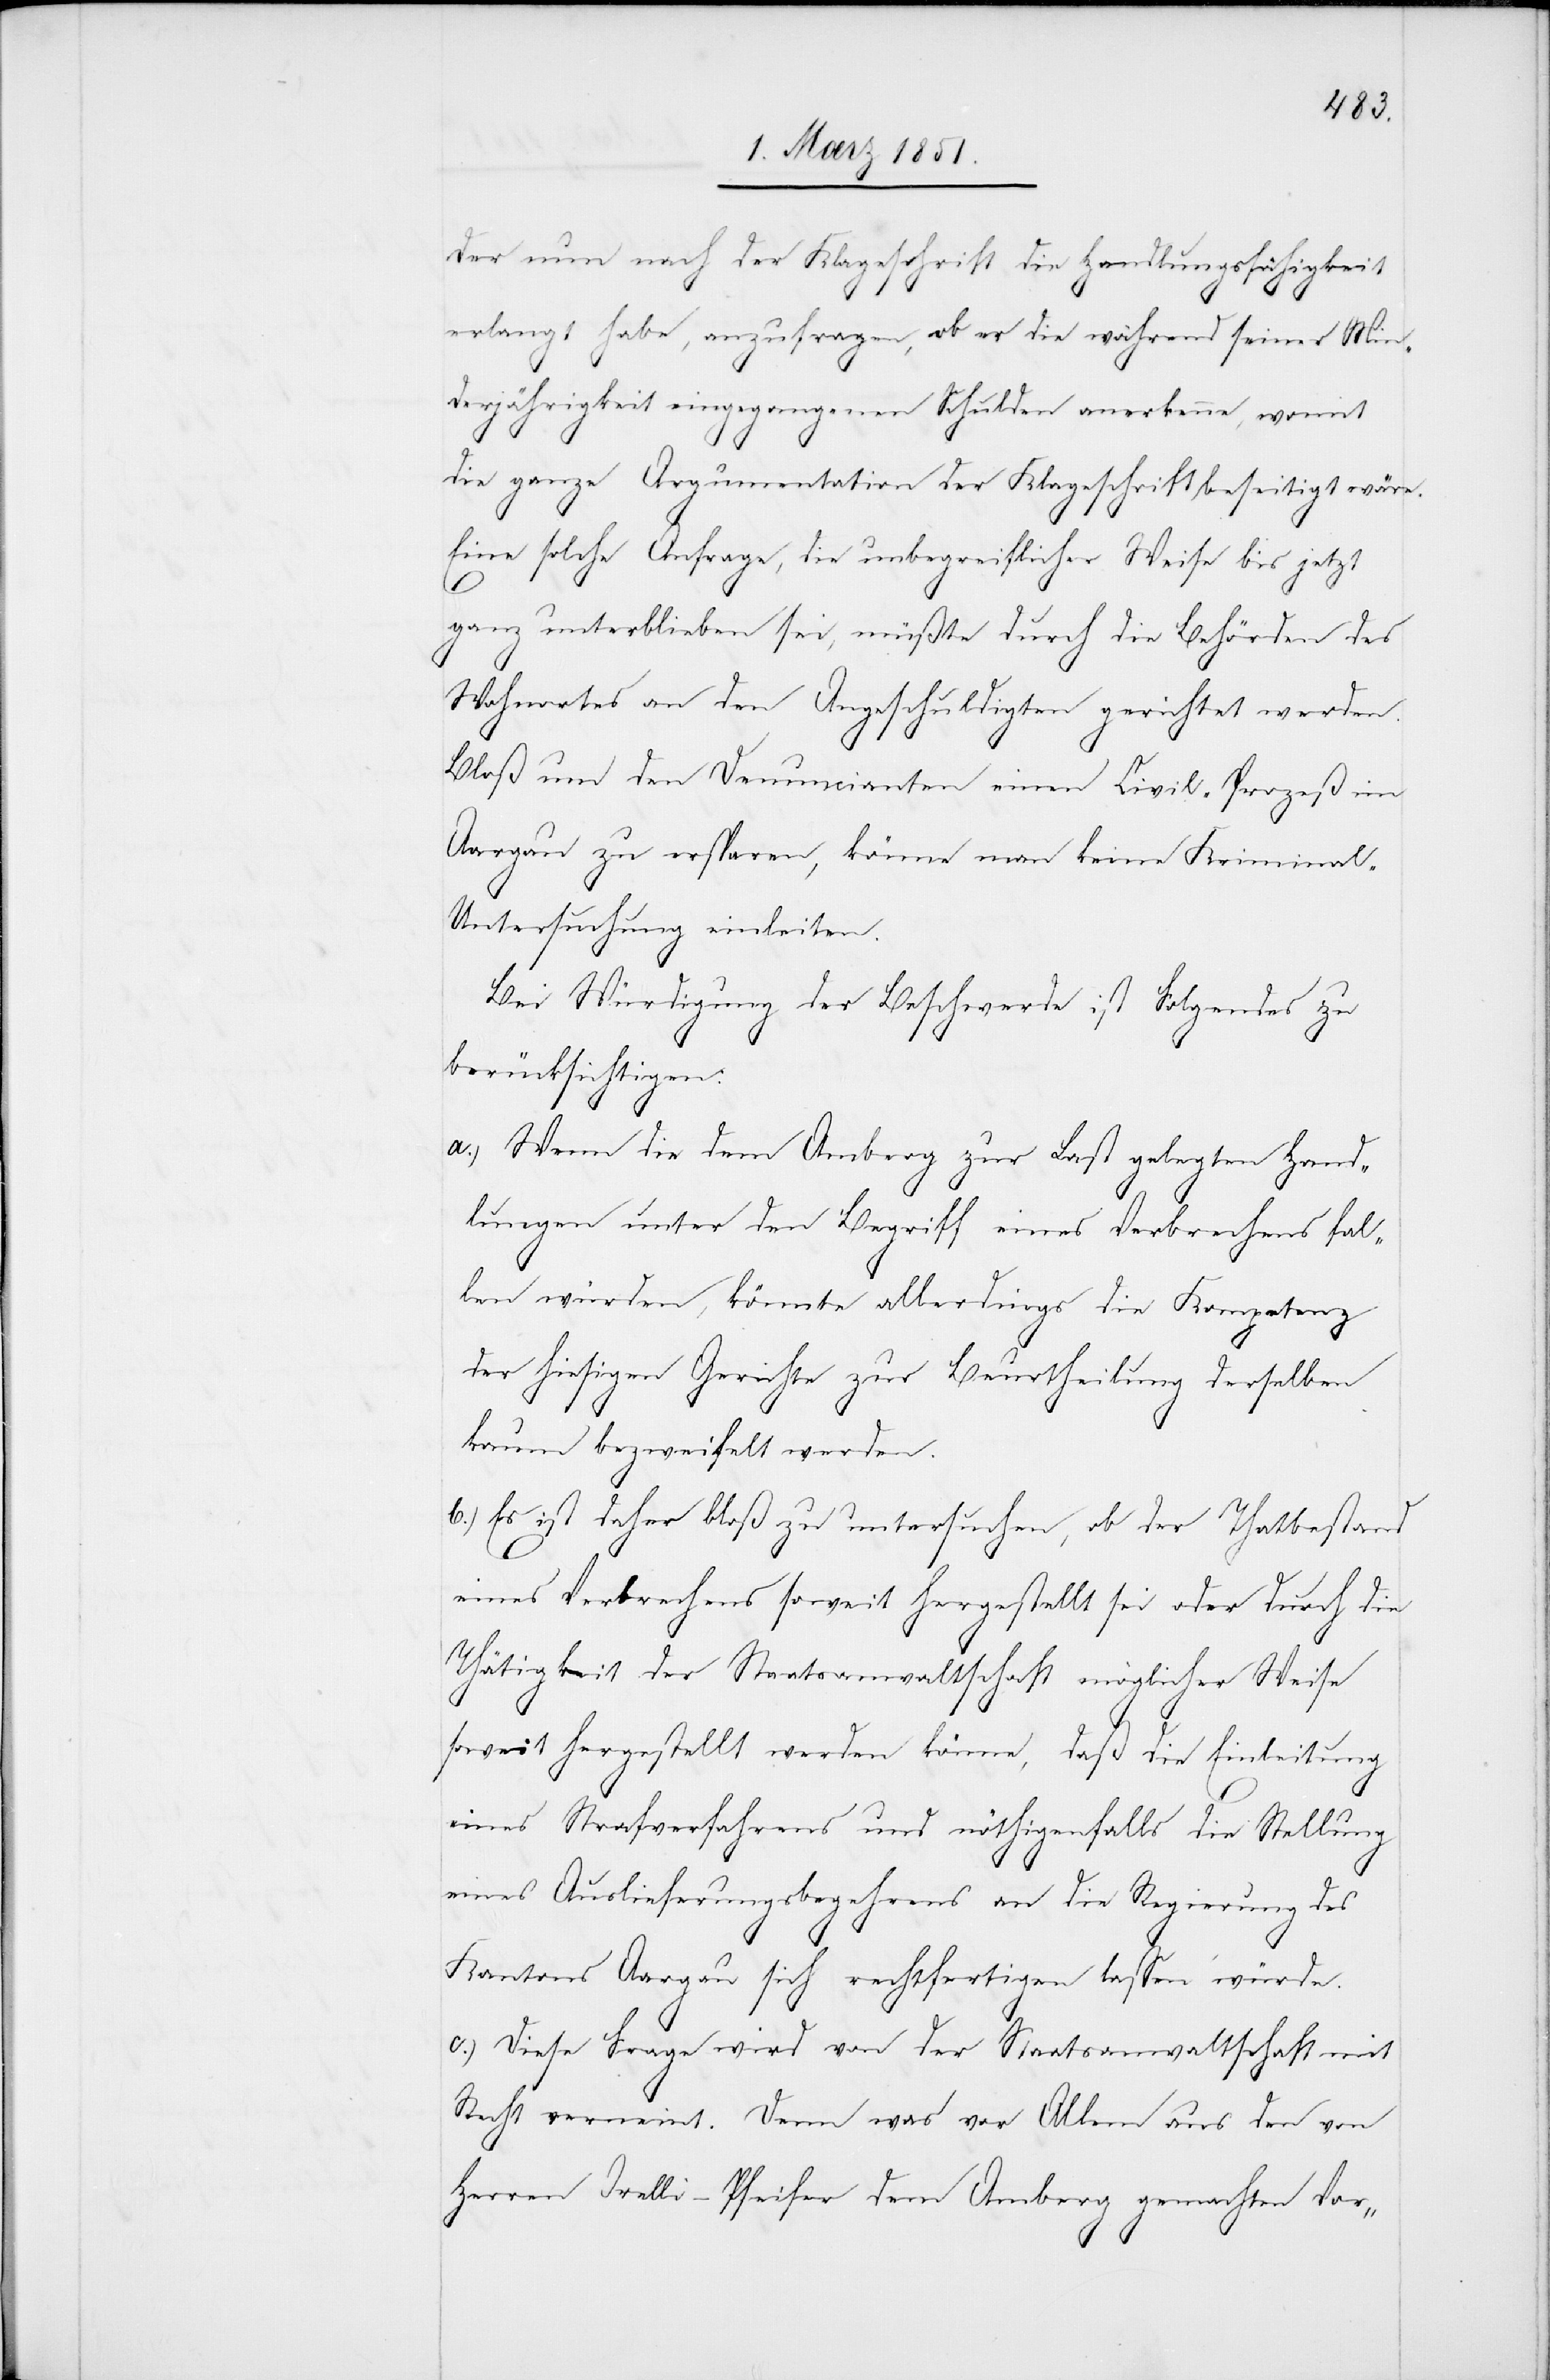
der nun nach der Klageschrift die Handlungsfähigkeit
erlangt habe, anzufragen, ob er die während seiner Min¬
derjährigkeit eingegangenen Schulden anerkenne, womit
die ganze Argumentation der Klageschrift beseitigt wäre.
Eine solche Anfrage, die unbegreiflicher Weise bis jetzt
ganz unterblieben sei, müßte durch die Behörden des
Wohnortes an den Angeschuldigten gerichtet werden.
Bloß um den Denuncianten einen Civil-Prozeß im
Aargau zu ersparen, könne man keine Kriminal-U¬
ntersuchung einleiten.
Bei Würdigung der Beschwerde ist Folgendes zu
berücksichtigen:
a.) Wenn die dem Amberg zur Last gelegten Hand¬
lungen unter den Begriff eines Verbrechens fal¬
len würden, könnte allerdings die Kompetenz
der hiesigen Gerichte zur Beurtheilung derselben
kaum bezweifelt werden.
b.) Es ist daher bloß zu untersuchen, ob der Thatbestand
eines Verbrechens soweit hergestellt sei oder durch die
Thätigkeit der Staatsanwaltschaft möglicher Weise
soweit hergestellt werden könne, daß die Einleitung
eines Strafverfahrens und nöthigenfalls die Stellung
eines Auslieferungsbegehrens an die Regierung des
Kantons Aargau sich rechtfertigen lassen würde.
c.) Diese Frage wird von der Staatsanwaltschaft mit
Recht verneint. Denn was vor Allem aus den von
Herrn Orelli-Pfeifer dem Amberg gemachten Vor-